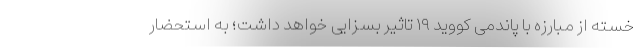
خسته از مبارزه با پاندمی کووید ۱۹ تاثیر بسزایی خواهد داشت؛ به استحضار